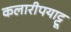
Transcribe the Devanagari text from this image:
कलारीपयाट्टू